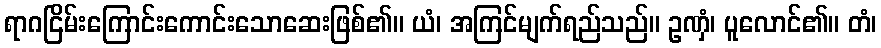
ရာဂငြိမ်းကြောင်းကောင်းသောဆေးဖြစ်၏။ ယံ၊ အကြင်မျက်ရည်သည်။ ဥဏှံ၊ ပူလောင်၏။ တံ၊